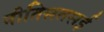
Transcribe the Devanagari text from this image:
नीतिसतसई